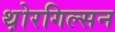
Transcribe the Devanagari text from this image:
थ़ोरगिल्सन